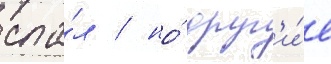
спа́л / но́ друг'и́е